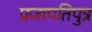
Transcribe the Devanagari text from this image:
प्रजापतिपुत्र